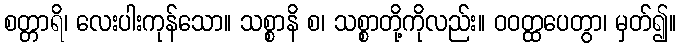
စတ္တာရိ၊ လေးပါးကုန်သော။ သစ္စာနိ စ၊ သစ္စာတို့ကိုလည်း။ ဝဝတ္ထပေတွာ၊ မှတ်၍။